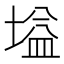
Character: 塧